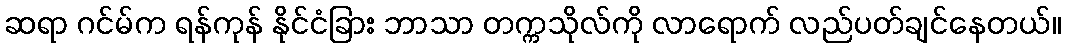
ဆရာ ဂင်မ်က ရန်ကုန် နိုင်ငံခြား ဘာသာ တက္ကသိုလ်ကို လာရောက် လည်ပတ်ချင်နေတယ်။